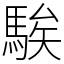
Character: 騃